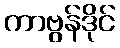
ကာဗွန်ဒိုင်